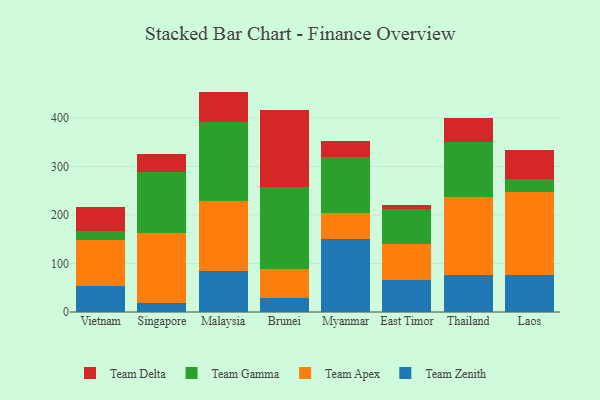
{"axis": {"x": "Country", "y": "Revenue (USD Million)"}, "legend": ["Team Apex", "Team Delta", "Team Gamma", "Team Zenith"], "data": [{"x": "Vietnam", "y": 53.0, "type": "Team Zenith"}, {"x": "Vietnam", "y": 94.6, "type": "Team Apex"}, {"x": "Vietnam", "y": 18.9, "type": "Team Gamma"}, {"x": "Vietnam", "y": 50.4, "type": "Team Delta"}, {"x": "Singapore", "y": 18.9, "type": "Team Zenith"}, {"x": "Singapore", "y": 143.3, "type": "Team Apex"}, {"x": "Singapore", "y": 125.5, "type": "Team Gamma"}, {"x": "Singapore", "y": 38.1, "type": "Team Delta"}, {"x": "Malaysia", "y": 84.0, "type": "Team Zenith"}, {"x": "Malaysia", "y": 144.7, "type": "Team Apex"}, {"x": "Malaysia", "y": 163.6, "type": "Team Gamma"}, {"x": "Malaysia", "y": 62.0, "type": "Team Delta"}, {"x": "Brunei", "y": 27.9, "type": "Team Zenith"}, {"x": "Brunei", "y": 60.0, "type": "Team Apex"}, {"x": "Brunei", "y": 169.9, "type": "Team Gamma"}, {"x": "Brunei", "y": 159.4, "type": "Team Delta"}, {"x": "Myanmar", "y": 151.5, "type": "Team Zenith"}, {"x": "Myanmar", "y": 52.2, "type": "Team Apex"}, {"x": "Myanmar", "y": 115.6, "type": "Team Gamma"}, {"x": "Myanmar", "y": 32.2, "type": "Team Delta"}, {"x": "East Timor", "y": 66.9, "type": "Team Zenith"}, {"x": "East Timor", "y": 72.8, "type": "Team Apex"}, {"x": "East Timor", "y": 72.6, "type": "Team Gamma"}, {"x": "East Timor", "y": 7.9, "type": "Team Delta"}, {"x": "Thailand", "y": 76.6, "type": "Team Zenith"}, {"x": "Thailand", "y": 159.6, "type": "Team Apex"}, {"x": "Thailand", "y": 115.0, "type": "Team Gamma"}, {"x": "Thailand", "y": 49.6, "type": "Team Delta"}, {"x": "Laos", "y": 76.6, "type": "Team Zenith"}, {"x": "Laos", "y": 170.1, "type": "Team Apex"}, {"x": "Laos", "y": 26.7, "type": "Team Gamma"}, {"x": "Laos", "y": 61.5, "type": "Team Delta"}]}